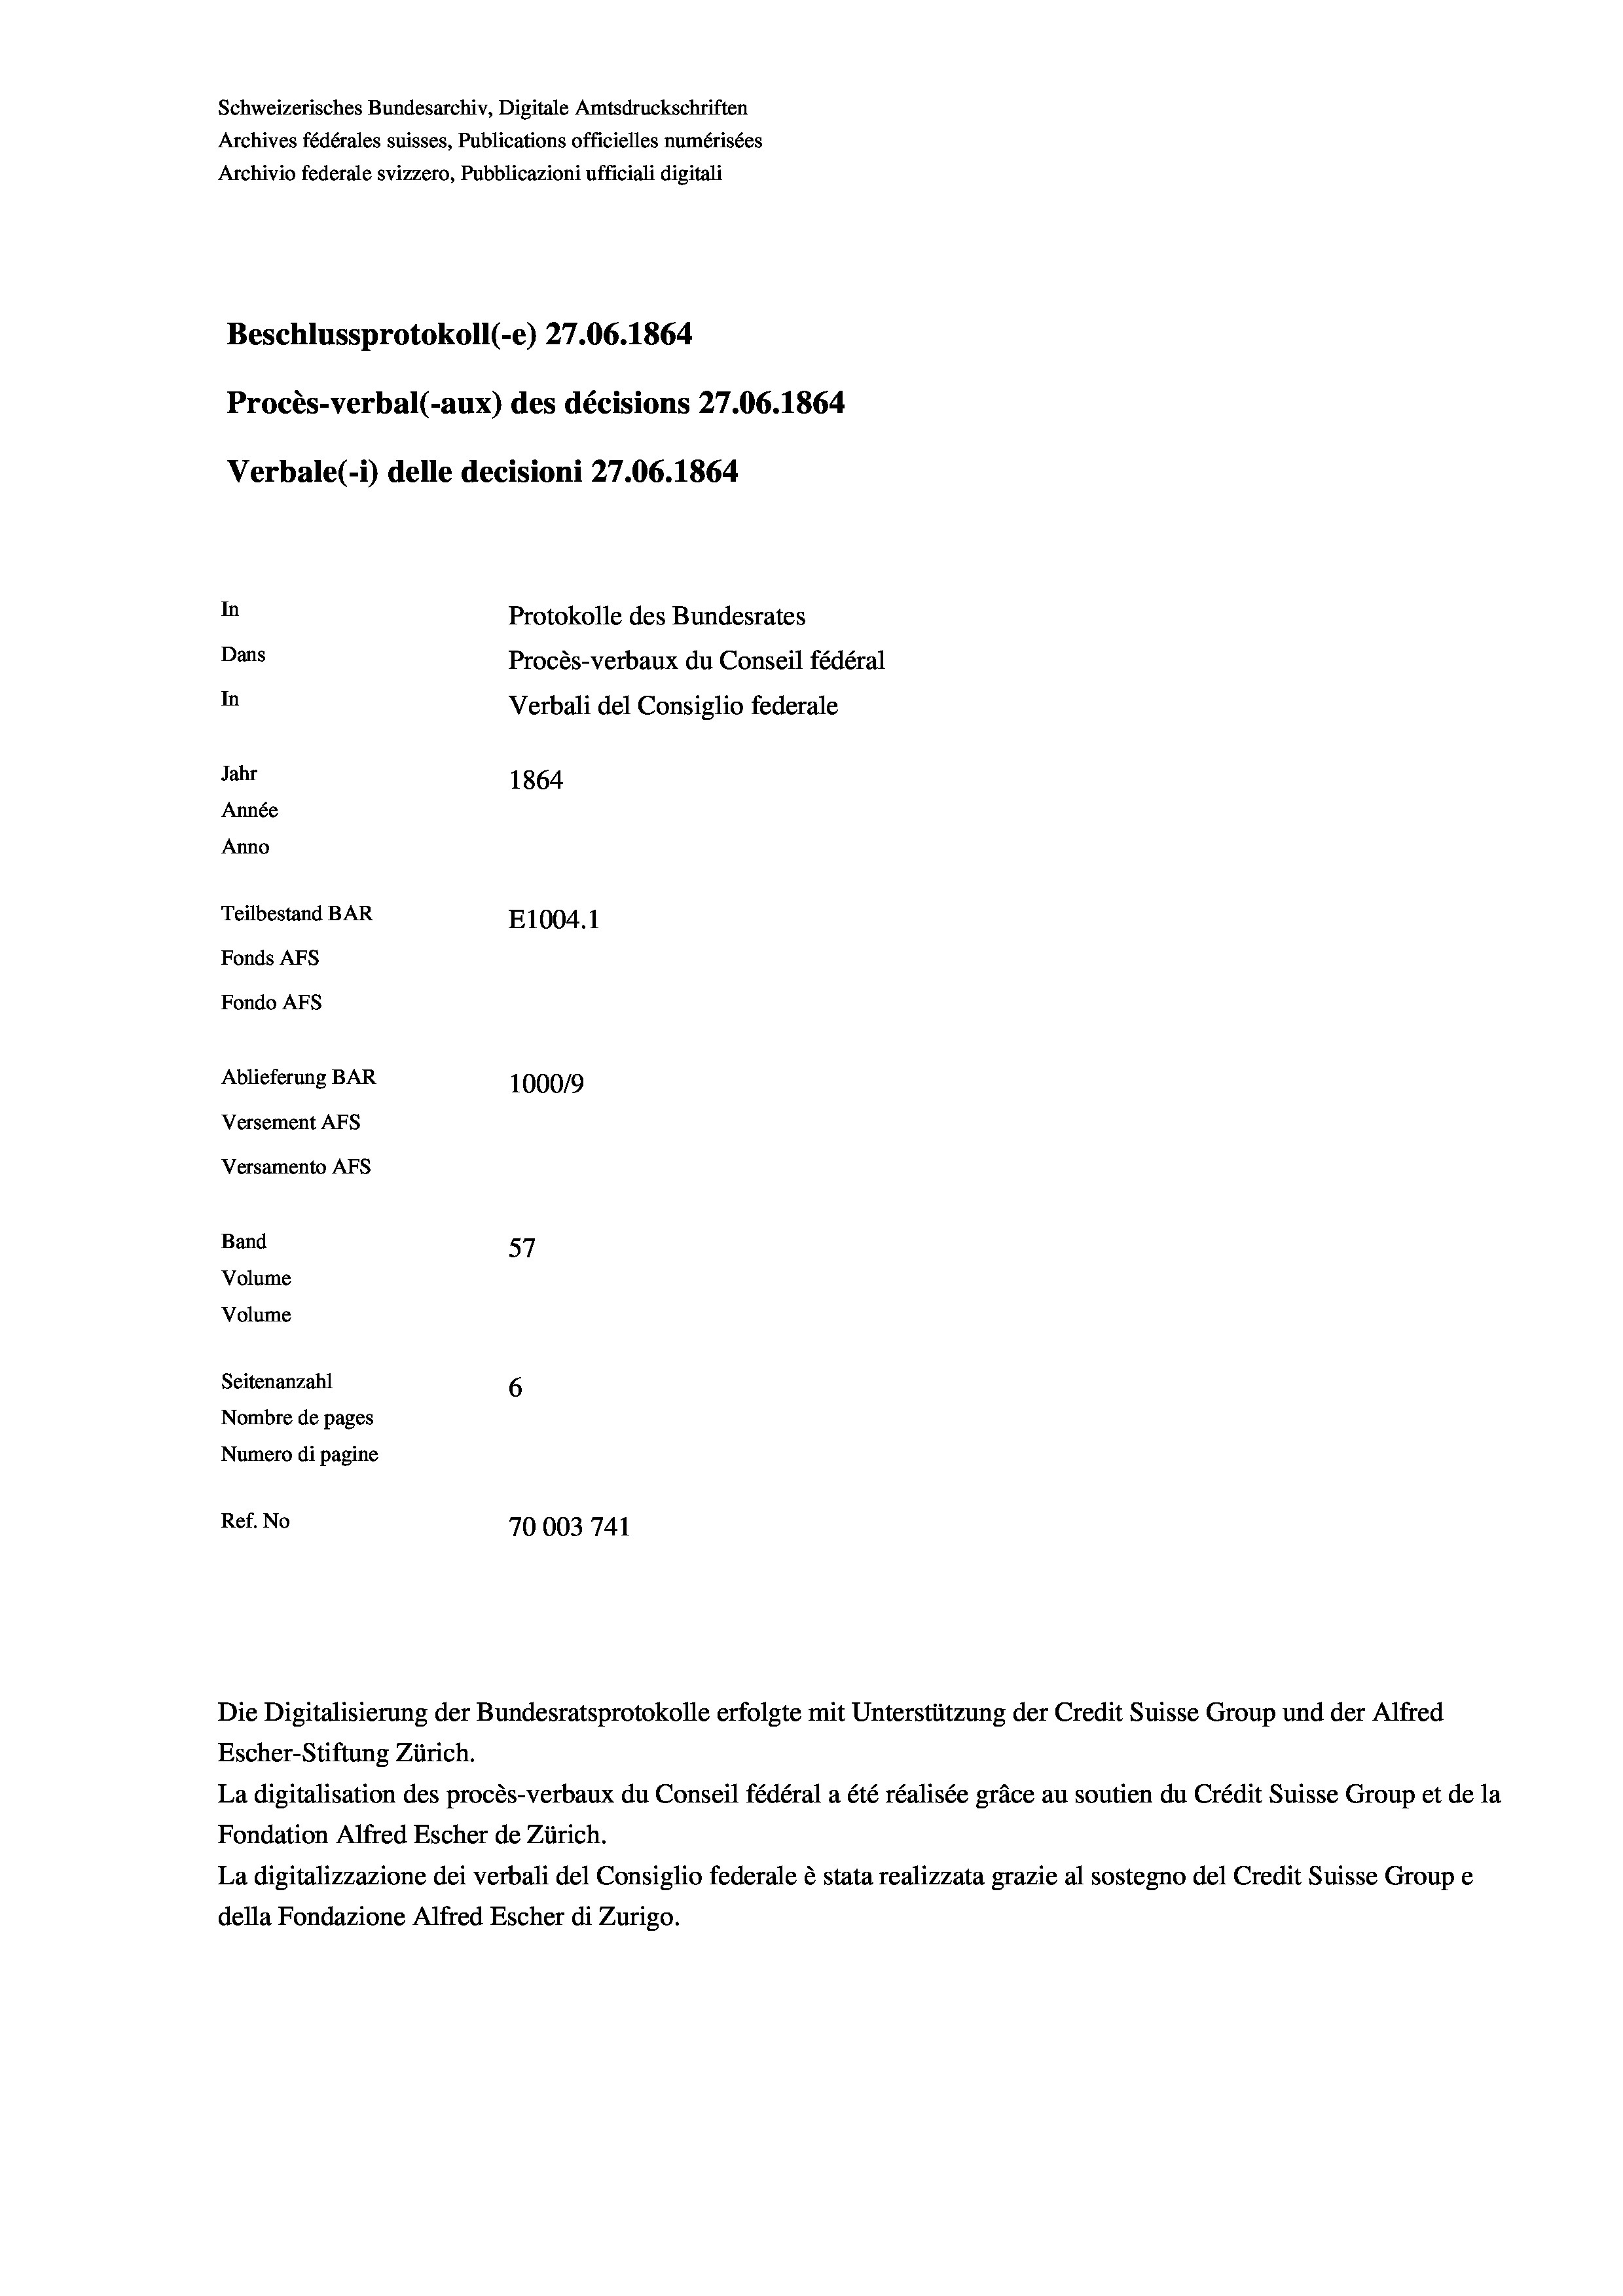
Schweizerisches Bundesarchiv, Digitale Amtsdruckschriften
Archives fédérales suisses, Publications officielles numérisées
Archivio federale svizzero, Pubblicazioni ufficiali digitali
Beschlussprotokoll (-e) 27.06. 1864
Procès-verbal (-aux) des décisions 27.06. 1864
Verbale (i) delle decisioni 27.06. 1864
In
Protokolle des Bundesrates
Dans
Procès-verbaux du Conseil fédéral
In
Verbali del Consiglio federale
Jahr
1864
Année
Anno
Teilbestand BAR
E1004. 1
Fonds AFs
Fondo AFs
Ablieferung BAR
1000/9
Versement Abs
Versamento Afs
Band
57
Volume
Volume
Seitenanzahl
6
Nombre de pages
Numero di pagine
Ref. No
70003 741

La digitalisation des procès-verbaux du Conseil fédéral a été réalisée gräce au soutien du Crédit Suisse Group et de la
Fondation Alfred Escher de Zürich.
La digitalizzazione dei verbali del Consiglio federale è stata realizzata grazie al sostegno del Credit Suisse Groupe
della Fondazione Alfred Escher di Zurigo.

Die Digitalisierung der Bundesratsprotokolle erfolgte mit Unterstützung der Credit Suisse Group und der Alfred
Escher-Stiftung Zürich.